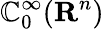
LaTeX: \mathbb{C}_{0}^{\infty}(\mathbf{{R}}^{n})